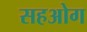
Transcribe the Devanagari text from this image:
सहओग